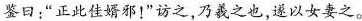
鉴曰：“正此佳婿邪！”访之，乃羲之也，遂以女妻之。